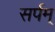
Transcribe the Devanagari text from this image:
सर्पम्